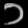
Digit: ၁